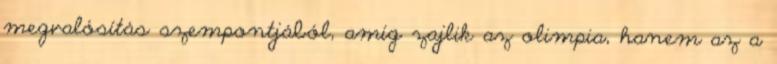
megvalósítás szempontjából, amíg zajlik az olimpia, hanem az a